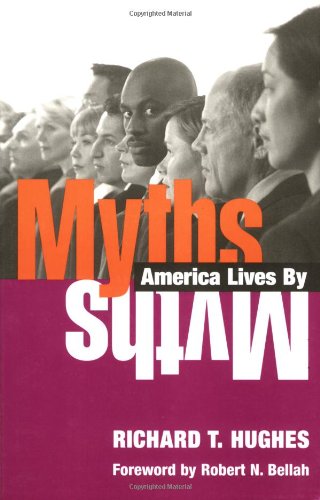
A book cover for Myths America Lives By; Richard T. Hughes; Literature & Fiction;